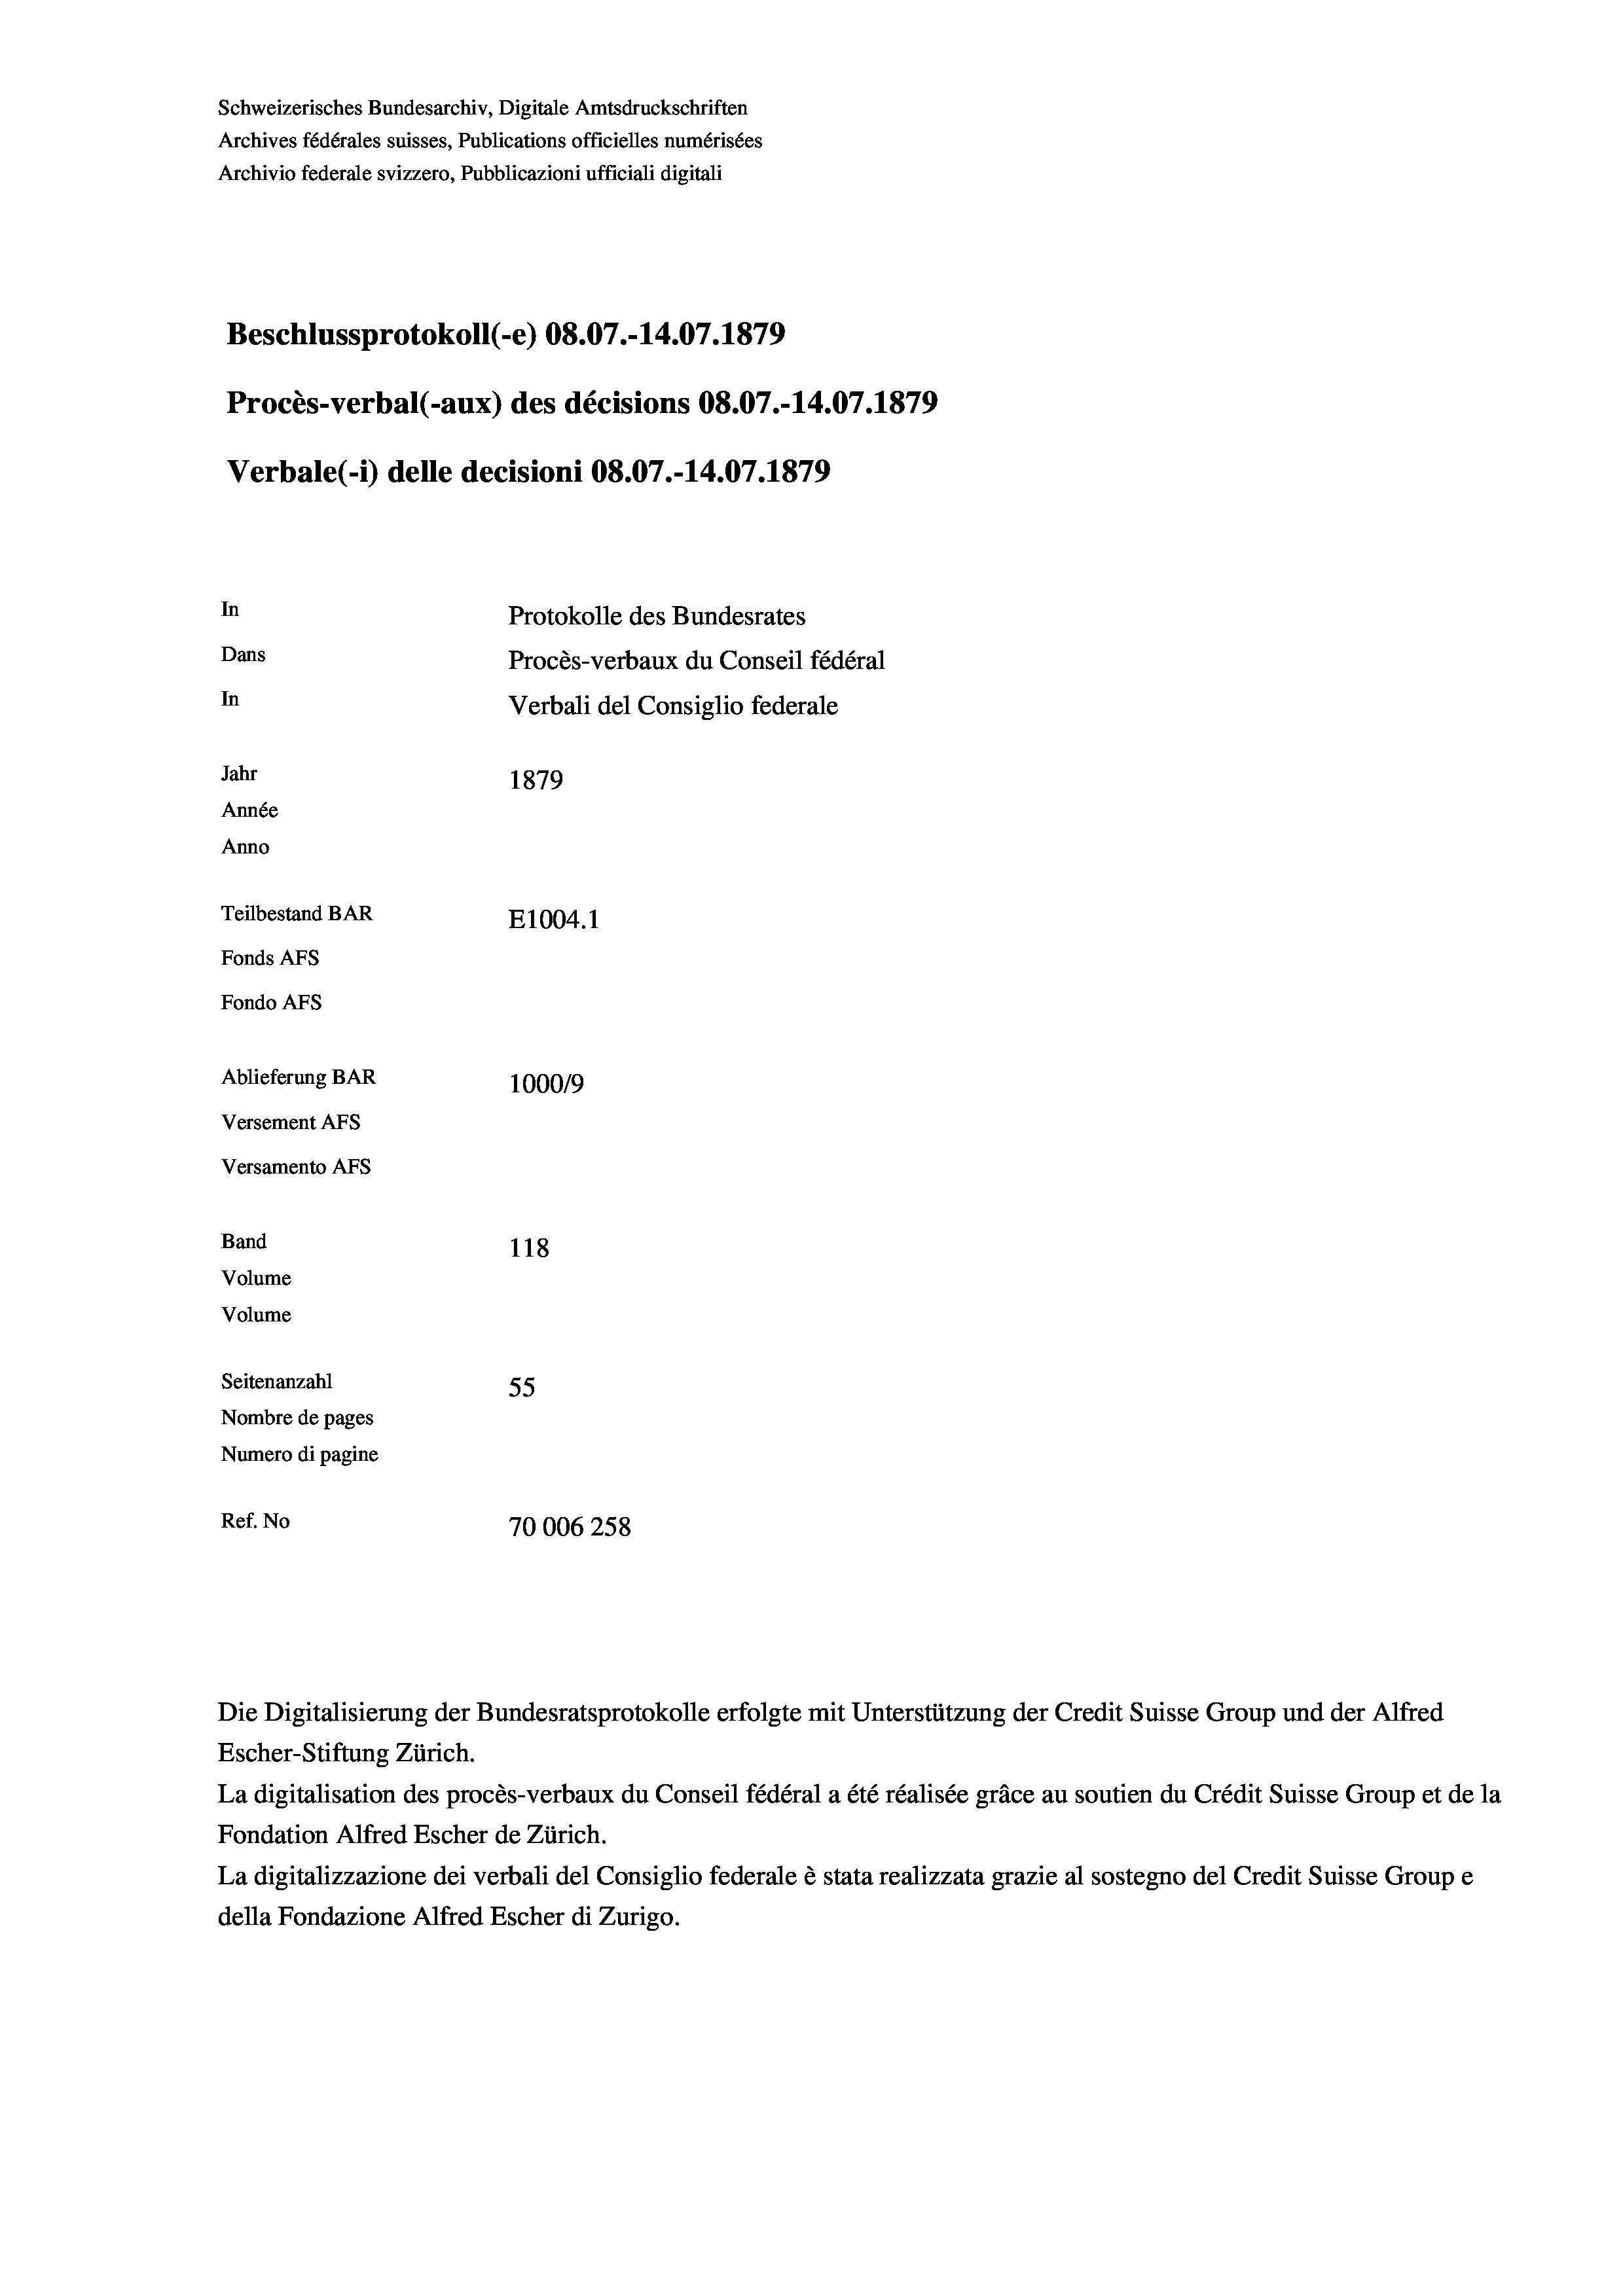
Schweizerisches Bundesarchiv, Digitale Amtsdruckschriften
Archives fédérales suisses, Publications officielles numérisées
Archivio federale svizzero, Pubblicazioni ufficiali digitali
Beschlussprotokoll (-e) 08.07.-14.07. 1879
Procès-verbal (-aux) des décisions 08.07.-14.07. 1879
Verbale (- 1) delle decisioni 08.07.-14.07. 1879
In
Protokolle des Bundesrates
Dans
Procès-verbaux du Conseil fédéral
In
Verbali del Consiglio federale
Jahr
1879
Année
Anno
Teilbestand BAR
E1004.1
Fonds AFs
Fondo AFS
Ablieferung BAR
100019
Versement AFs
Versamento Afs
Band
118
Volume
Volume

Seitenanzahl
55
Nombre de pages
Numero di pagine
Ref. No
70006258

Die Digitalisierung der Bundesratsprotokolle erfolgte mit Unterstützung der Credit Suisse Group und der Alfred
Escher-Stiftung Zürich.
La digitalisation des procès-verbaux du Conseil fédéral a été réalisée gräce au soutien du Crédit Suisse Group et de la
Fondation Alfred Escher de Zürich.
La digitalizzazione dei verbali del Consiglio federale è stata realizzata grazie al sostegno del Credit Suisse Groupe
della Fondazione Alfred Escher di Zurigo.